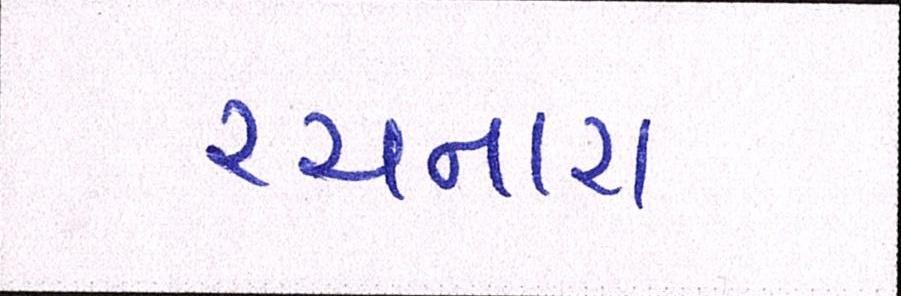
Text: રચનારા